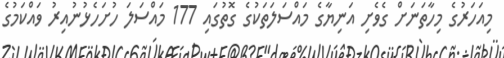
މިއަހަރުގެ މިހާތަނަށް ގެވެށި އަނިޔާގެ މައްސަލަތަކުގެ ގޮތުގައި 177 މައްސަލަ ހުށަހެޅުނުއިރު ވައްކަމުގެ